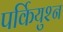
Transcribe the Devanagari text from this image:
पर्कियुश्न